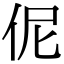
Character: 伲